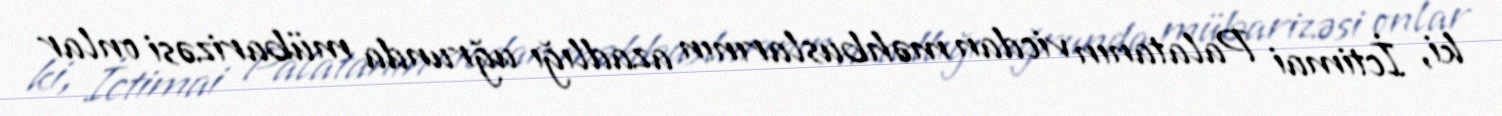
ki, İctimai Palatanın vicdan məhbuslarının azadlığı uğrunda mübarizəsi onlar